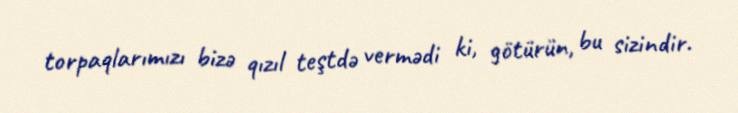
torpaqlarımızı bizə qızıl teştdə vermədi ki, götürün, bu sizindir.